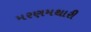
મરણમથારી